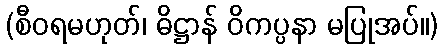
(စီဝရမဟုတ်၊ ဓိဋ္ဌာန် ဝိကပ္ပနာ မပြုအပ်။)